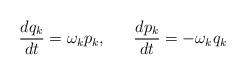
LaTeX: \begin{align*}\frac {dq_{k}}{dt}=\omega _{k}p_{k},~~~~~\frac {dp_{k}}{dt}=-\omega _{k}q_{k}\end{align*}